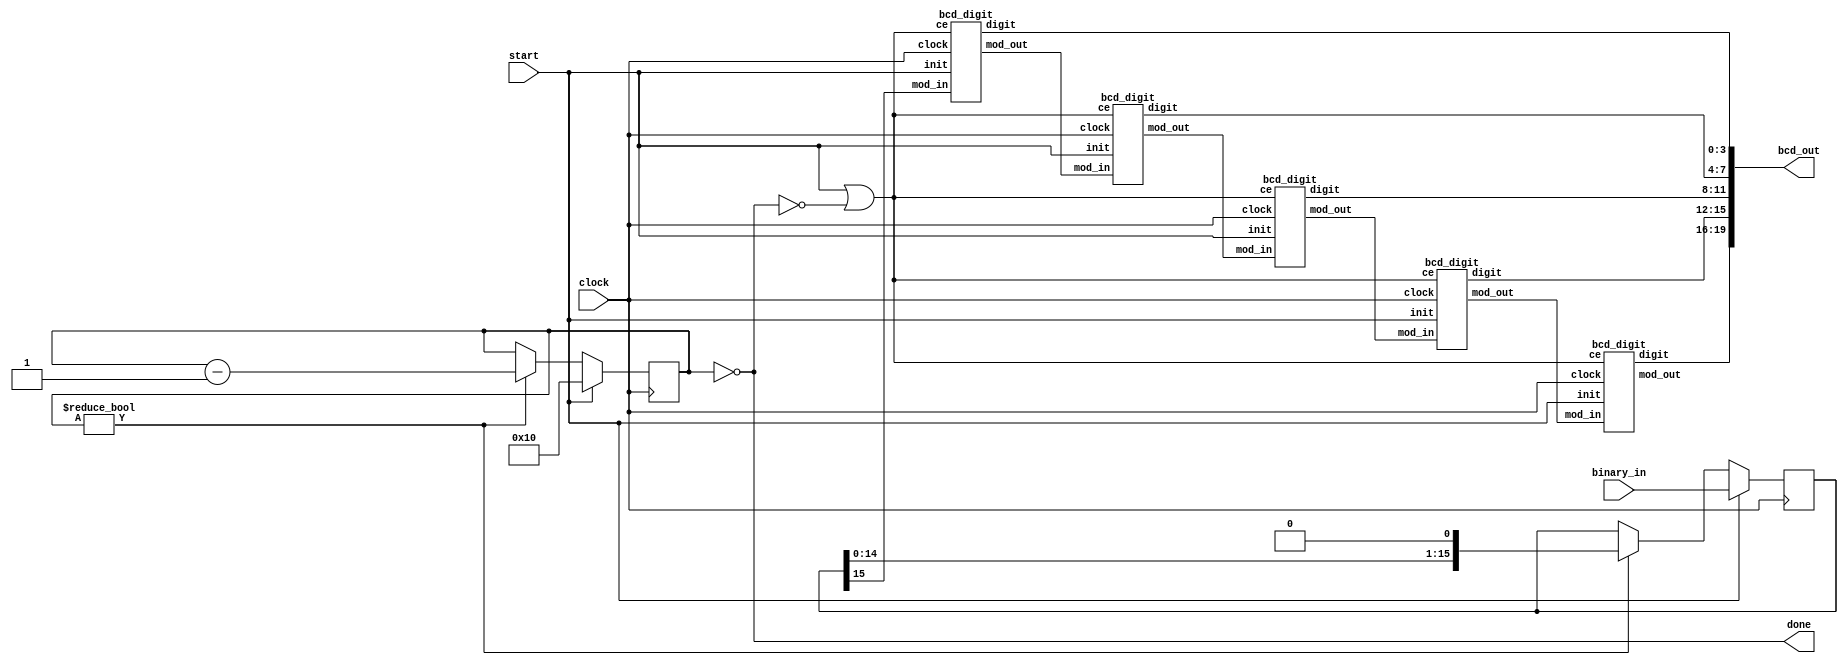
//
// Convert a binary input to binary-coded-decimal (BCD) output.
// Each binary coded decimal digit occupies 4-bits of the ouput bus.
// The number of output digits and input binary width are configurable. It
// is possible to choose binary input widths that will cause the BCD output to overflow,
// so care must be exercised by the invokee.
//
// The implementation follows Xlinx App Note "XAPP 029". There is a block instantiated for
// each BCD digit, which recieves the binary data serially. It takes n cycles to convert an
// n-bit binary input. Each BCD digit has a registered carry output to the next digit.
//
// There is no explicit reset, each new conversion request clears all previous state whether
// a conversion was in progress or not.
`timescale 1ns / 1ps

module bin2bcd_serial #(
  parameter BINARY_BITS        = 16, // # of bits of binary input
  parameter BCD_DIGITS         = 5  // # of digits of BCD output
  ) (
    input wire clock,
    input wire start,
    input wire [BINARY_BITS-1:0] binary_in,

    output wire [4*BCD_DIGITS-1:0] bcd_out,    // output bus
    output wire done                           // indicate conversion done
  );

  // binary input shift register and counter
  reg [BINARY_BITS-1:0] binary_shift = 0;
  reg [$clog2(BINARY_BITS):0] binary_count = 0;
  assign done = binary_count == 0;

  always @(posedge clock) begin
      if(start) begin
          binary_shift <= binary_in;
          binary_count <= BINARY_BITS;
      end else if (binary_count != 0) begin
          binary_shift <= { binary_shift[BINARY_BITS-2:0], 1'b0 };
          binary_count <= binary_count - 1'b1;
      end
  end

  wire [BCD_DIGITS:0] bcd_carry;
  assign bcd_carry[0] = binary_shift[BINARY_BITS-1]; // MSB
  wire clock_enable   = start | ~done;

  genvar j;
  generate
    for (j = 0; j < BCD_DIGITS; j=j+1) begin: DIGITS
      bcd_digit digit (
          .clock(   clock ),
          .init(    start ),
          .mod_in(  bcd_carry[j] ),
          .mod_out( bcd_carry[j+1] ),
          .digit(   bcd_out[4*j +: 4] ),
          .ce( clock_enable )
      );
    end
  endgenerate

endmodule

// Regarding the init signal: At first it seems that digit[0] should have an explicit clear ("& ~init")
// like the rest. However digit[0] loads mod_in unconditionaly, and since mod_out is masked
// by & ~init this ensures digit[0] of higher digits is cleared during the init cycle whilst not loosing
// a cycle in the conversion for synchronous clearing.
module bcd_digit (
  input wire clock,
  input wire ce,
  input wire init,
  input wire mod_in,
  output wire mod_out,
  output reg [3:0] digit
  );

  wire fiveOrMore = digit >= 5;
  assign mod_out  = fiveOrMore & ~init;

  always @(posedge clock) begin
    if (ce) begin
      digit[0] <= mod_in;
      digit[1] <= ~init & (~mod_out ? digit[0] : ~digit[0]);
      digit[2] <= ~init & (~mod_out ? digit[1] : digit[1] == digit[0]);
      digit[3] <= ~init & (~mod_out ? digit[2] : digit[0] & digit[3]);
    end
  end

endmodule